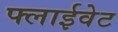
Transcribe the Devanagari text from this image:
फ्लाईवेट